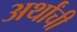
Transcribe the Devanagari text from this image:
अर्थांची